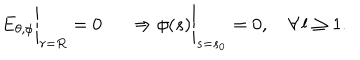
\left. \phantom { \frac { 1 } { \mu _ { 2 } } } E _ { \theta , \phi } \right| _ { r = R } = 0 \left. \phantom { \frac { 1 } { \mu _ { 2 } } } \Rightarrow \phi ( s ) \right| _ { s = s _ { 0 } } = 0 , \quad \forall \, l \geq 1 .